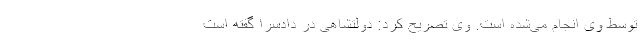
توسط وی انجام می‌شده است. وی تصریح کرد: دولتشاهی در دادسرا گفته است